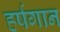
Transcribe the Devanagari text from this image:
हर्षगान